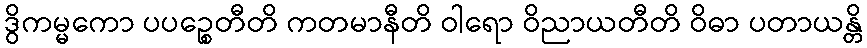
ဒွိကမ္မကော ပပဉ္စေတီတိ ကတမာနီတိ ဝါရော ဝိညာယတီတိ ဝိဓာ ပတာယန္တိ